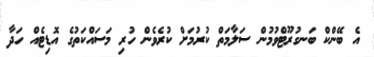
އެ ބޭންކް ބަނގުރޫޓްވުމުން ސަލާމަތް ކުރުމަށް ކުރެވެން ހުރި މަސައްކަތުގެ އޮޑިޓެއް ހަދާ